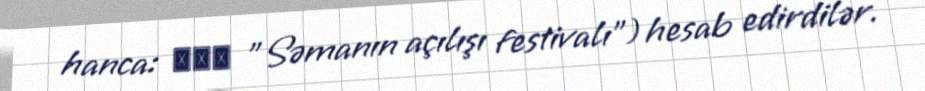
hanca: 開天節 "Səmanın açılışı festivalı") hesab edirdilər.